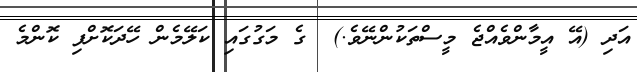
އަދި (އޭ އީމާންވެއްޖެ މީސްތަކުންނޭވެ.)  ގެ މަގުގައި ކަލޭމެން ހޭދަކޮށްފި ކޮންމެ